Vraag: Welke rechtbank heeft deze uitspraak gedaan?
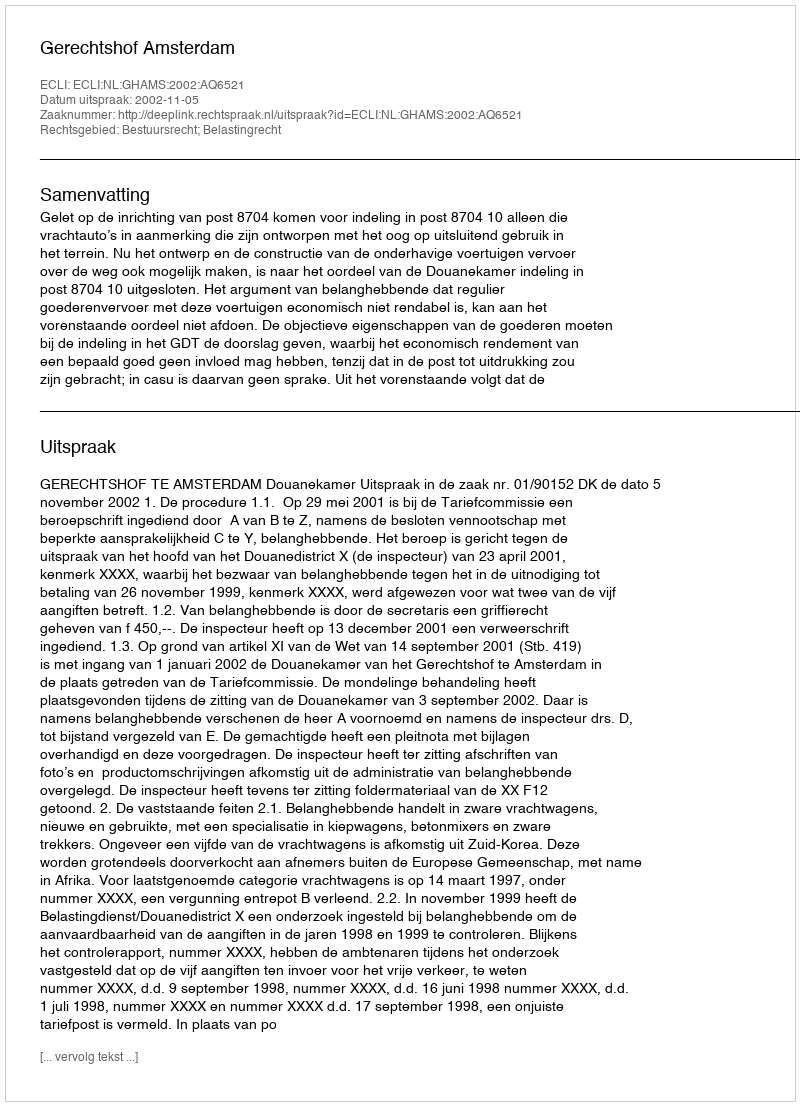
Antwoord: Gerechtshof Amsterdam